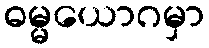
ဓမ္မယောဂမှာ